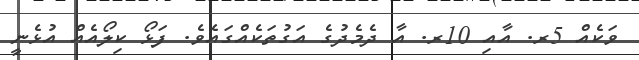
ވަކެއް 5ރ. އާއި 10ރ. އާ ދެމެދުގެ އަގުތަކެއްގައެވެ. ފަޅޯ ކިލޯއެއް އުޅެނީ